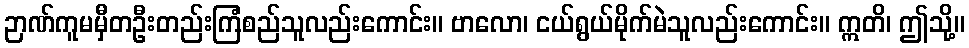
ဉာဏ်ကူမမှီတဦးတည်းကြံစည်သူလည်းကောင်း။ ဗာလော၊ ငယ်ရွယ်မိုက်မဲသူလည်းကောင်း။ ဣတိ၊ ဤသို့။